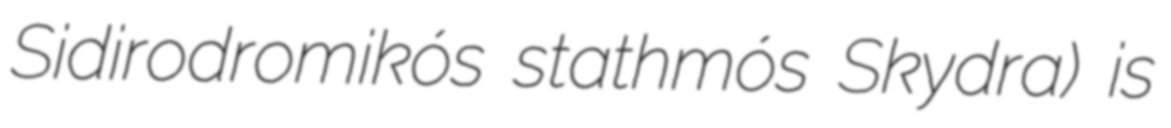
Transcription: Sidirodromikós stathmós Skydra) is